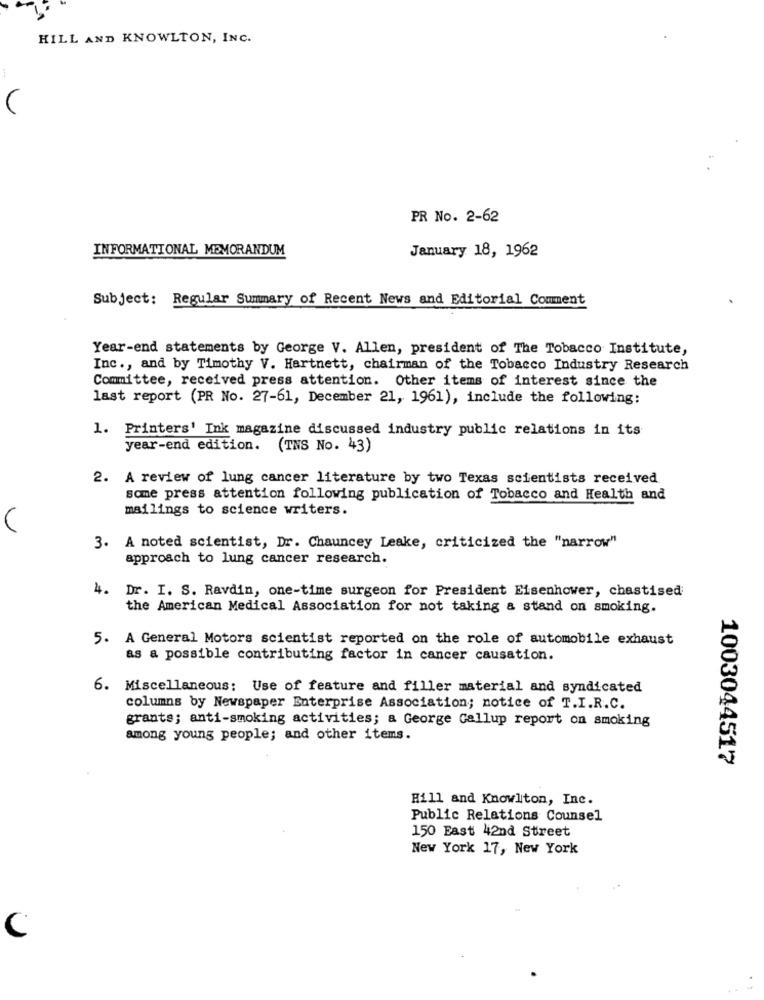
HILL AND KNOWLTON, INC.
PR No. 2-62
INFORMATIONAL MEMORANDUM
January 18, 1962
Subject: Regular Summary of Recent News and Editorial Comment
Year-end statements by George V. Allen, president of The Tobacco Institute,
Inc ., and by Timothy V. Hartnett, chairman of the Tobacco Industry Research
Committee, received press attention. Other items of interest since the
last report (PR No. 27-61, December 21, 1961), include the following:
1. Printers' Ink magazine discussed industry public relations in its
year-end edition. (INS No. 43)
2. A review of lung cancer literature by two Texas scientists received
some press attention following publication of Tobacco and Health and
mailings to science writers.
3. A noted scientist, Dr. Chauncey Leake, criticized the "narrow"
approach to lung cancer research.
4. Dr. I. S. Ravdin, one-time surgeon for President Eisenhower, chastised
the American Medical Association for not taking a stand on smoking.
5. A General Motors scientist reported on the role of automobile exhaust
as a possible contributing factor in cancer causation.
6. Miscellaneous: Use of feature and filler material and syndicated
columns by Newspaper Enterprise Association; notice of T.I.R.C.
grants; anti-smoking activities; a George Gallup report on smoking
among young people; and other items.
1003044517
Hill and Knowlton, Inc.
Public Relations Counsel
150 East 42nd Street
New York 17, New York
C